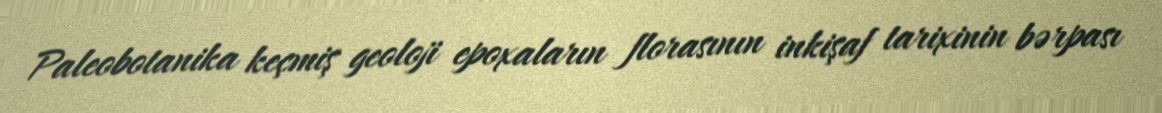
Paleobotanika keçmiş geoloji epoxaların florasının inkişaf tarixinin bərpası